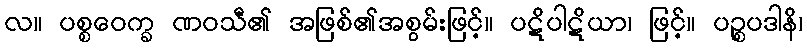
လ။ ပစ္စဝေက္ခ ဏဝသီ၏ အဖြစ်၏အစွမ်းဖြင့်။ ပဋိပါဋိယာ၊ ဖြင့်။ ပဉ္စပဒါနိ၊